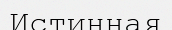
Истинная